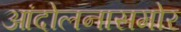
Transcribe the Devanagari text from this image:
आंदोलनासमोर